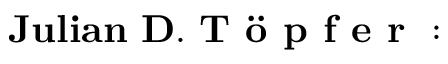
\mathbf { J u l i a n ~ D . ~ T \textbf { \" { o } p f e r } : }